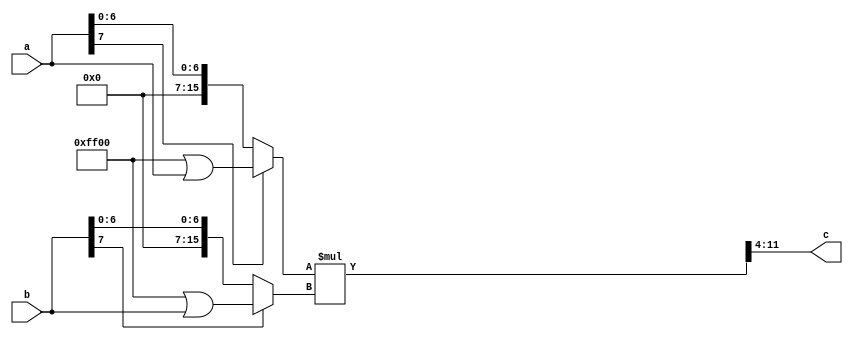
`timescale 1ns / 1ps

module multiply(a,b,c);

parameter width=8;
parameter decimal=4;

input [width-1:0] a,b;
output [width-1:0] c;

wire[width*2-1:0] mul0,mul1,ones,ab;

assign ones=(~0);

assign mul0=a[width-1]?((ones<<width)|a):a;
assign mul1=b[width-1]?((ones<<width)|b):b;

assign ab=mul0*mul1;

assign c=ab[width-1+decimal:decimal];

endmodule